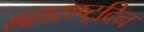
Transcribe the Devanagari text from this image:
महाराष्ट्रदिन